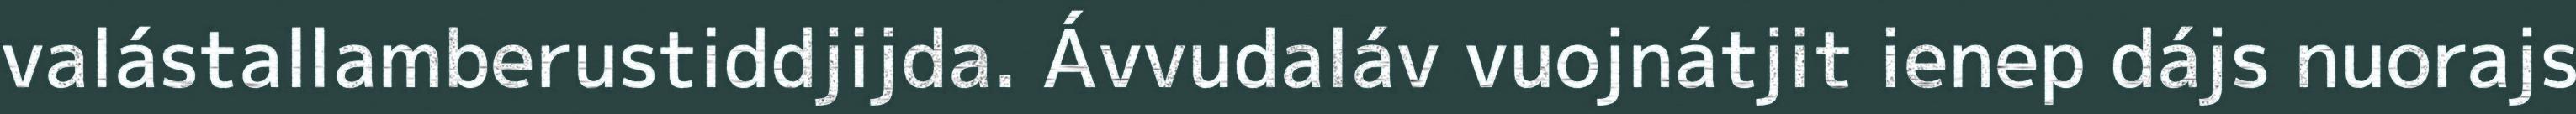
valástallamberustiddjijda. Ávvudaláv vuojnátjit ienep dájs nuorajs